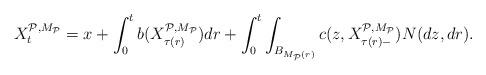
LaTeX: \begin{align*}X_{t}^{\mathcal{P},{M_{\mathcal{P}}}}=x +\int_{0}^{t}b(X_{\tau (r)}^{\mathcal{P},{M_{\mathcal{P}}}})dr+\int_{0}^{t}\int_{B_{M_{{\mathcal{P}}}(r)}}{c}(z,X_{\tau (r)-}^{\mathcal{P},{M_{\mathcal{P}}}})N(dz,dr). \end{align*}